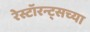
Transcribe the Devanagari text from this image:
रेस्टॉरन्ट्सच्या